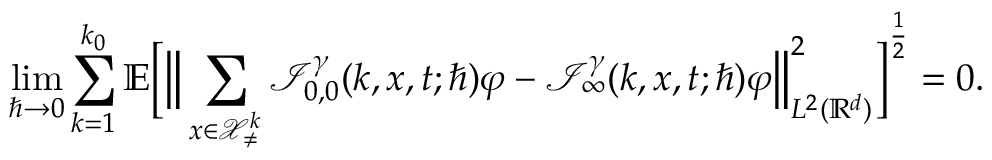
\operatorname* { l i m } _ { \hbar \rightarrow 0 } \sum _ { k = 1 } ^ { k _ { 0 } } \mathbb { E } \bigg [ \Big \lVert \sum _ { \boldsymbol { x } \in \mathcal { X } _ { \neq } ^ { k } } \mathcal { I } _ { 0 , 0 } ^ { \gamma } ( k , \boldsymbol { x } , t ; \hbar ) \varphi - \mathcal { I } _ { \infty } ^ { \gamma } ( k , \boldsymbol { x } , t ; \hbar ) \varphi \Big \rVert _ { L ^ { 2 } ( \mathbb { R } ^ { d } ) } ^ { 2 } \bigg ] ^ { \frac { 1 } { 2 } } = 0 .